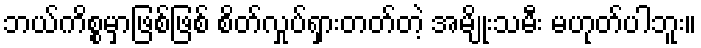
ဘယ်ကိစ္စမှာဖြစ်ဖြစ် စိတ်လှုပ်ရှားတတ်တဲ့ အမျိုးသမီး မဟုတ်ပါဘူး။